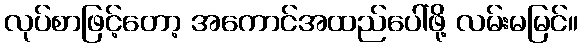
လုပ်စာဖြင့်တော့ အကောင်အထည်ပေါ်ဖို့ လမ်းမမြင်။